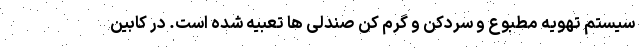
سیستم تهویه مطبوع و سردکن و گرم کن صندلی ها تعبیه شده است. در کابین